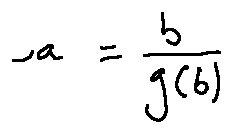
a = \frac { b } { g ( b ) }